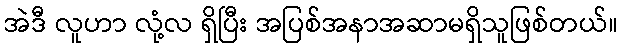
အဲဒီ လူဟာ လုံ့လ ရှိပြီး အပြစ်အနာအဆာမရှိသူဖြစ်တယ်။